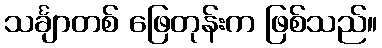
သင်္ချာတစ် ဖြေတုန်းက ဖြစ်သည်။